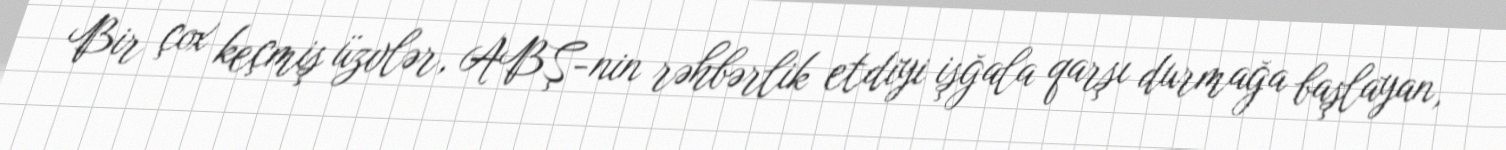
Bir çox keçmiş üzvlər, ABŞ-nin rəhbərlik etdiyi işğala qarşı durmağa başlayan,